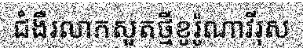
ជំងឺរលាកសួតថ្មីខូរ៉ូណាវីរុស